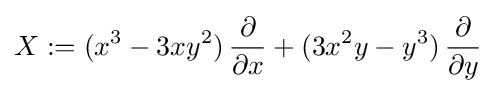
X:=(x^{3}-3xy^{2})\,{\frac {\partial }{\partial x}}+(3x^{2}y-y^{3})\,{\frac {\partial }{\partial y}}